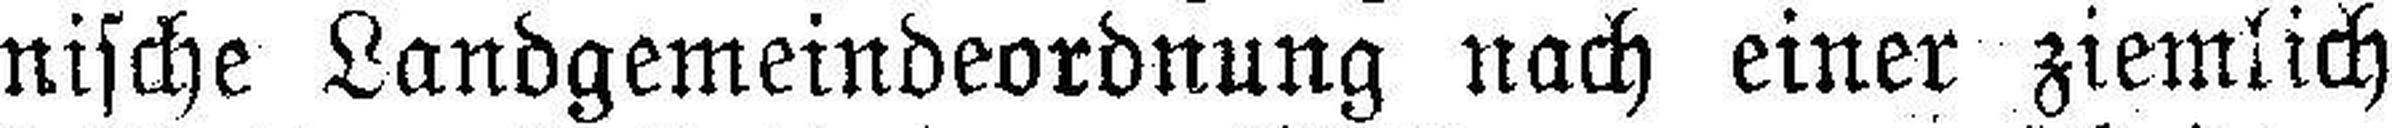
nische Landgemeindeordnung nach einer ziemlich